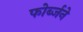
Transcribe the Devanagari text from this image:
फोर्ब्जने